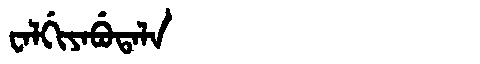
Manchu: ᠸᠠᠯᡤᡳᠶᠠᠪᡠᡨᠠᠯᠠ
Romanization: WALGIYABUTALA